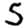
Digit: 5